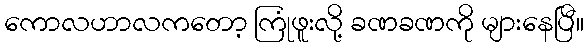
ကောလဟာလကတော့ ကြုံဖူးလို့ ခဏခဏကို များနေပြီ။